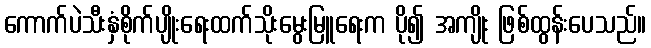
ကောက်ပဲသီးနှံစိုက်ပျိုးရေးထက်သိုးမွေးမြူရေးက ပို၍ အကျိုး ဖြစ်ထွန်းပေသည်။